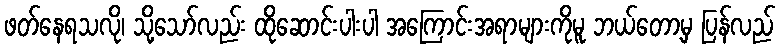
ဖတ်နေရသလို၊ သို့သော်လည်း ထိုဆောင်းပါးပါ အကြောင်းအရာများကိုမူ ဘယ်တော့မှ ပြန်လည်